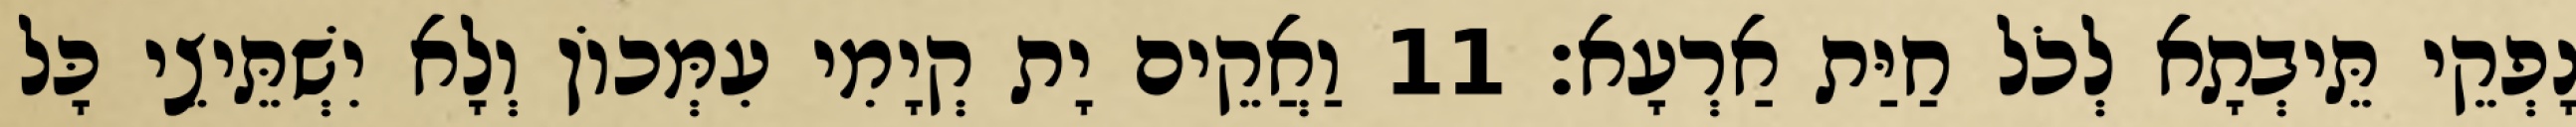
נָפְקֵי תֵּיבְתָא לְכֹל חַיַּת אַרְעָא׃ 11 וַאֲקֵים יָת קְיָמִי עִמְּכוֹן וְלָא יִשְׁתֵּיצֵי כָּל